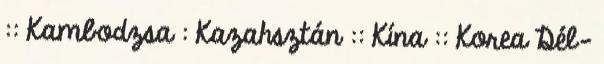
:: Kambodzsa : Kazahsztán :: Kína :: Korea Dél-